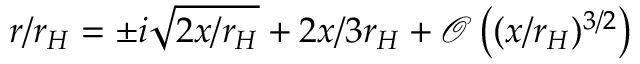
r / r _ { H } = \pm i \sqrt { 2 x / r _ { H } } + 2 x / 3 r _ { H } + { \mathcal O } \left( ( x / r _ { H } ) ^ { 3 / 2 } \right)